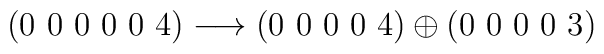
(0~0~0~0~0~4) \longrightarrow (0~0~0~0~4) \oplus (0~0~0~0~3)